Insane asylums Bombay 1873-77 - 1873-1877
Year: 1873
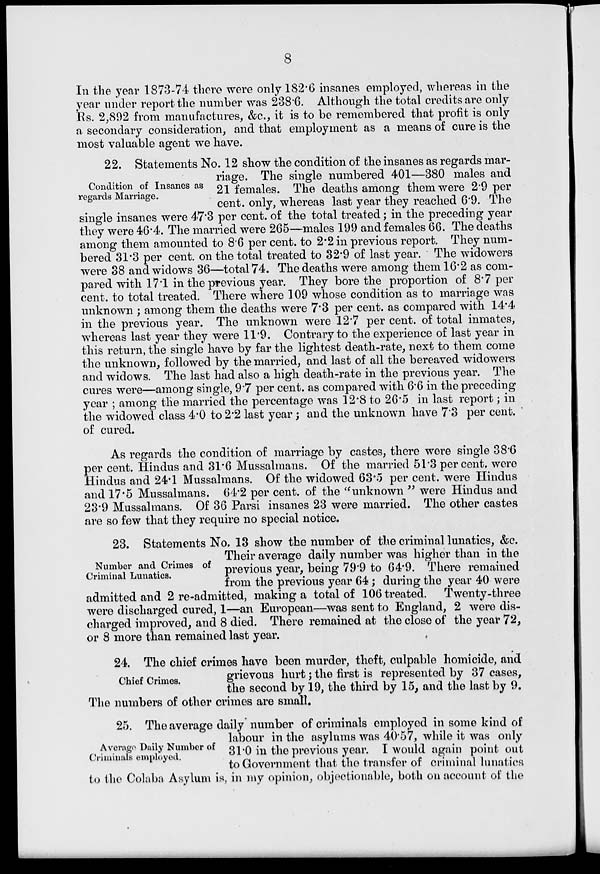
8
In the year 1873-74 there were only 182.6 insanes employed, whereas in the
year under report the number was 238.6. Although the total credits are only
Rs. 2,892 from manufactures, &c., it is to be remembered, that profit is only
a secondary consideration, and that employment as a means of cure is the
most valuable agent we have.
Condition of Insanes as
regards Marriage.
22. Statements No. 12 show the condition of the insanes as regards mar-
riage. The single numbered 401—380 males and
21 females. The deaths among them were 2.9 per
cent. only, whereas last year they reached 6.9. The
single insanes were 47.3 per cent. of the total treated; in the preceding year
they were 46.4. The married were 265—males 199 and females 66. The deaths
among them amounted to 8.6 per cent. to 2.2 in previous report. They num-
bered 31.3 per cent. on the total treated to 32.9 of last year. The widowers
were 38 and widows 36—total 74. The deaths were among them 16.2 as com-
pared with 17.1 in the previous year. They bore the proportion of 8.7 per
cent. to total treated. There where 109 whose condition as to marriage was
unknown ; among them the deaths were 7.3 per cent. as compared with 14.4
in the previous year. The unknown were 12.7 per cent. of total inmates,
whereas last year they were 11.9. Contrary to the experience of last year in
this return, the single have by far the lightest death-rate, next to them come
the unknown, followed by the married, and last of all the bereaved widowers
and widows. The last had also a high death-rate in the previous year. The
cures were—among single, 9.7 per cent. as compared with 6.6 in the preceding
year ; among the married the percentage was 12.8 to 26.5 in last report ; in
the widowed class 4.0 to 2.2 last year; and the unknown have 7.3 per cent.
of cured.
As regards the condition of marriage by castes, there were single 38.6
per cent. Hindus and 31.6 Mussalmans. Of the married 51.3 per cent. were
Hindus and 24.1 Mussalmans. Of the widowed 63.5 per cent. were Hindus
and 17.5 Mussalmans. 64.2 per cent. of the "unknown " were Hindus and
23.9 Mussalmans. Of 36 Parsi insanes 23 were married. The other castes
are so few that they require no special notice.
Number and Crimes of
Criminal Lunatics.
23. Statements No. 13 show the number of the criminal lunatics, &c.
Their average daily number was higher than in the
previous year, being 79.9 to 64.9. There remained
from the previous year 64 ; during the year 40 were
admitted and 2 re-admitted, making a total of 106 treated. Twenty-three
were discharged cured, 1—an European—was sent to England, 2 were dis-
charged improved, and 8 died. There remained at the close of the year 72,
or 8 more than remained last year.
Chief Crimes.
24. The chief crimes have been murder, theft, culpable homicide, and
grievous hurt; the first is represented by 37 cases,
the second by 19, the third by 15, and the last by 9.
The numbers of other crimes are small.
Average Daily Number of
Criminals employed.
25. The average daily number of criminals employed in some kind of
labour in the asylums was 40.57, while it was only
31.0 in the previous year. I would again point out
to Government that the transfer of criminal lunatics
to the Colaba Asylum is, in my opinion, objectionable, both on account of the